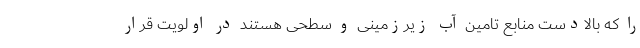
را که بالادست منابع تامین آب زیرزمینی و سطحی هستند در اولویت قرار